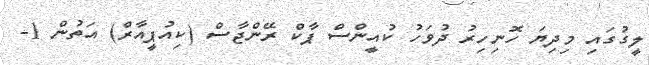
ލީގުގައި މިދިޔަ ހޮނިހިރު ދުވަހު ކުއީންސް ޕާކް ރޭންޖާސް (ކިއުޕީއާރް) އަތުން 1-